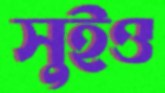
সুইও